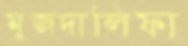
মুজদালিফা